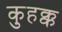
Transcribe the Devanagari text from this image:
कुहक्क